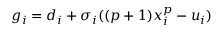
g _ { i } = d _ { i } + \sigma _ { i } ( ( p + 1 ) x _ { i } ^ { p } - u _ { i } )